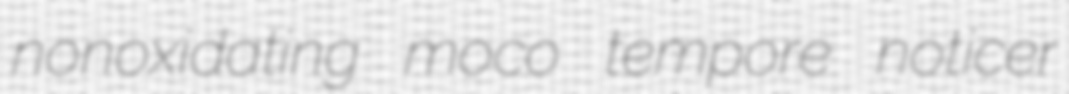
nonoxidating moco tempore noticer